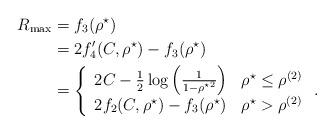
LaTeX: \begin{align*}R_{\max}&=f_3(\rho^\star)\\&= 2f^\prime_4(C,\rho^\star)-f_3(\rho^\star)\\&= \left\{\begin{array}{ll}2C-\frac{1}{2}\log\left(\frac{1}{1-{\rho^\star}^2}\right)& \rho^\star\leq \rho^{(2)}\\2f_2(C,\rho^\star)-f_3(\rho^\star)& \rho^\star>\rho^{(2)}\end{array}\right..\end{align*}